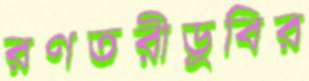
রণতরীডুবির